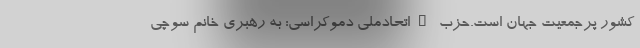
کشور پرجمعیت جهان است.حزب "اتحادملی دموکراسی: به رهبری خانم سوچی